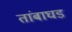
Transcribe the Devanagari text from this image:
तांबाघड